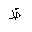
Letter: _za